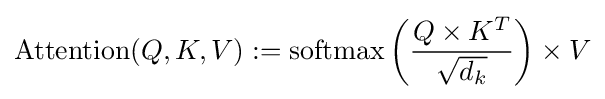
{\rm {Attention}}(Q,K,V):={\rm {softmax}}\left({\frac {Q\times K^{T}}{\sqrt {d_{k}}}}\right)\times V